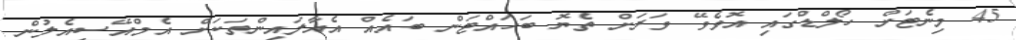
45 މިނެޓަށް ހޯލްޑްގައި އޮވެވޭ ވަރަށް ތެޔޮ ބަހައްޓަން ބައެއް އެއާލައިންތަކަށް އެމްއޭސީއެލުން